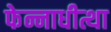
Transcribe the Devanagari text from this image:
फेन्नाधीत्था